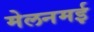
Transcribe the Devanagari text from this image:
मेलनमई